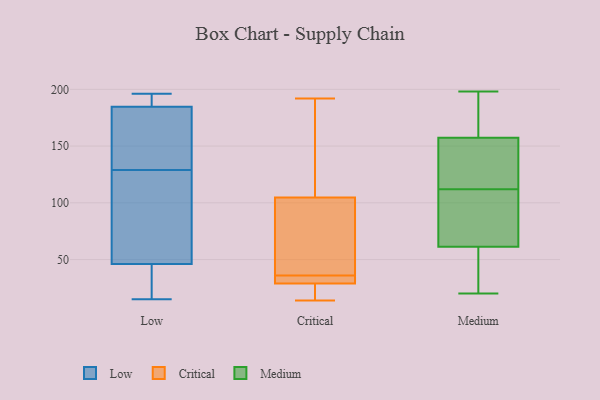
{"axis": {"x": "Market Share (%)", "y": "Value"}, "legend": ["Critical", "Low", "Medium"], "data": [{"x": "", "y": 129, "type": "Low"}, {"x": "", "y": 176, "type": "Low"}, {"x": "", "y": 104, "type": "Low"}, {"x": "", "y": 15, "type": "Low"}, {"x": "", "y": 191, "type": "Low"}, {"x": "", "y": 96, "type": "Low"}, {"x": "", "y": 34, "type": "Low"}, {"x": "", "y": 58, "type": "Low"}, {"x": "", "y": 42, "type": "Low"}, {"x": "", "y": 181, "type": "Low"}, {"x": "", "y": 196, "type": "Low"}, {"x": "", "y": 186, "type": "Low"}, {"x": "", "y": 35, "type": "Low"}, {"x": "", "y": 150, "type": "Low"}, {"x": "", "y": 189, "type": "Low"}, {"x": "", "y": 192, "type": "Critical"}, {"x": "", "y": 101, "type": "Critical"}, {"x": "", "y": 15, "type": "Critical"}, {"x": "", "y": 30, "type": "Critical"}, {"x": "", "y": 26, "type": "Critical"}, {"x": "", "y": 46, "type": "Critical"}, {"x": "", "y": 14, "type": "Critical"}, {"x": "", "y": 85, "type": "Critical"}, {"x": "", "y": 36, "type": "Critical"}, {"x": "", "y": 33, "type": "Critical"}, {"x": "", "y": 116, "type": "Critical"}, {"x": "", "y": 128, "type": "Critical"}, {"x": "", "y": 34, "type": "Critical"}, {"x": "", "y": 164, "type": "Medium"}, {"x": "", "y": 155, "type": "Medium"}, {"x": "", "y": 69, "type": "Medium"}, {"x": "", "y": 89, "type": "Medium"}, {"x": "", "y": 168, "type": "Medium"}, {"x": "", "y": 198, "type": "Medium"}, {"x": "", "y": 132, "type": "Medium"}, {"x": "", "y": 183, "type": "Medium"}, {"x": "", "y": 112, "type": "Medium"}, {"x": "", "y": 101, "type": "Medium"}, {"x": "", "y": 38, "type": "Medium"}, {"x": "", "y": 69, "type": "Medium"}, {"x": "", "y": 129, "type": "Medium"}, {"x": "", "y": 20, "type": "Medium"}, {"x": "", "y": 25, "type": "Medium"}, {"x": "", "y": 37, "type": "Medium"}, {"x": "", "y": 145, "type": "Medium"}]}